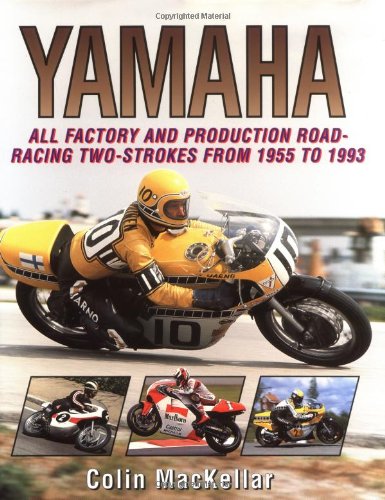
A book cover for Yamaha Racing Motorcycles: All Factory and Production Road-Racing Two-Strokes from 1955 to 1993; Colin MacKellar; Arts & Photography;